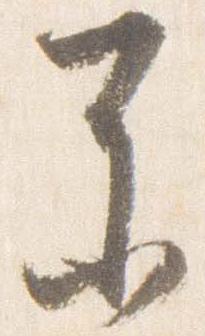
参